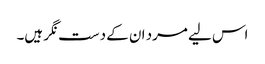
اس لیے مرد ان کے دست نگر ہیں۔